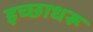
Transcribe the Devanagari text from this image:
इच्छाधरू